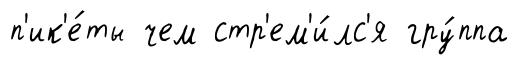
п'ик'е́ты чем стр'ем'и́лс'я гру́ппа